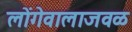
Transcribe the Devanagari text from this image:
लोंगेवालाजवळ